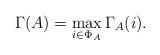
LaTeX: \begin{align*} \Gamma(A)=\max\limits_{i\in \Phi_A}\Gamma_{A}(i). \end{align*}